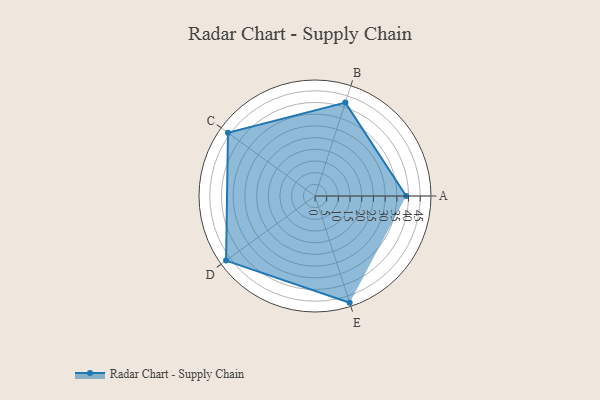
{"axis": {"x": "Skill", "y": "Score"}, "legend": ["Profile"], "data": [{"x": "A", "y": 39.0, "type": "Profile"}, {"x": "B", "y": 42.0, "type": "Profile"}, {"x": "C", "y": 46.0, "type": "Profile"}, {"x": "D", "y": 47.0, "type": "Profile"}, {"x": "E", "y": 48.0, "type": "Profile"}]}